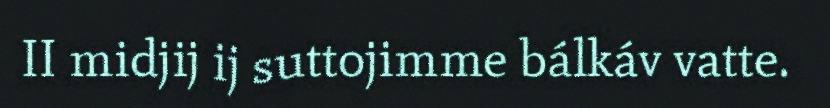
II midjij ij suttojimme bálkáv vatte.